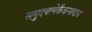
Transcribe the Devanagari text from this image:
समुदयत्येकैकमादाय